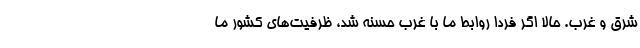
شرق و غرب. حالا اگر فردا روابط ما با غرب حسنه شد، ظرفیت‌های کشور ما